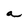
Character: a